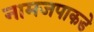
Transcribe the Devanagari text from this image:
नामजपाकडे